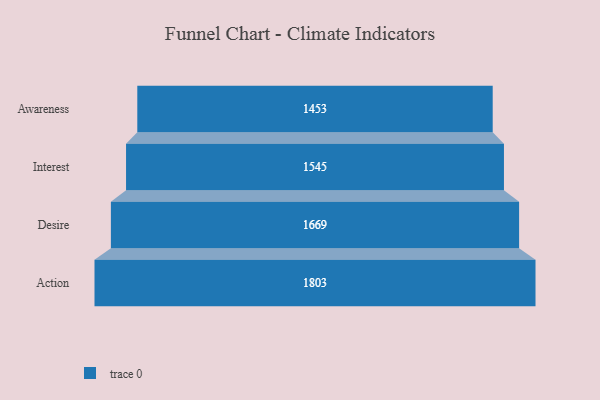
{"axis": {"x": "Stage", "y": "Value"}, "legend": [""], "data": [{"x": "Awareness", "y": 1453.0, "type": ""}, {"x": "Interest", "y": 1545.0, "type": ""}, {"x": "Desire", "y": 1669.0, "type": ""}, {"x": "Action", "y": 1803.0, "type": ""}]}